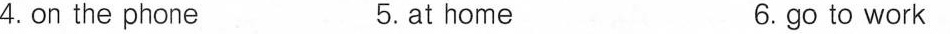
4.on the phone 5.at home 6.go to work